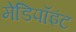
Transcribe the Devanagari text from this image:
मेडिपॉइंट